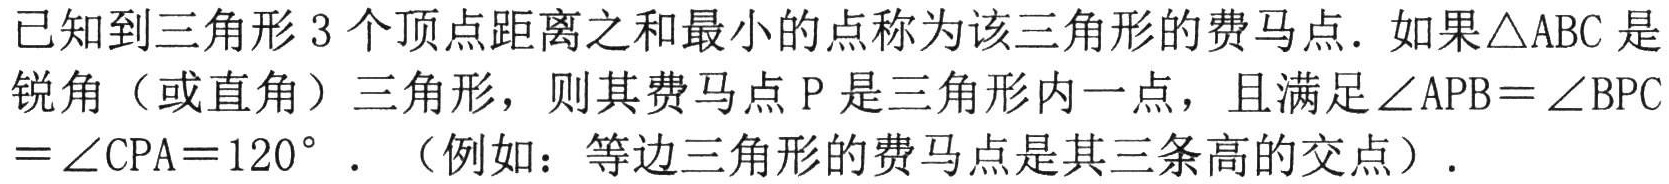
已知到三角形 \(3\) 个顶点距离之和最小的点称为该三角形的费马点．如果\(\triangle ABC\)是锐角（或直角）三角形，则其费马点 \(P\) 是三角形内一点，且满足\(\angle APB = \angle BPC=\angle CPA = 120^{\circ}\)．（例如：等边三角形的费马点是其三条高的交点）．